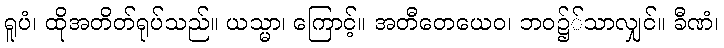
ရူပံ၊ ထိုအတိတ်ရုပ်သည်။ ယသ္မာ၊ ကြောင့်။ အတီတေယေဝ၊ ဘဝ၌်သာလျှင်။ ခီဏံ၊